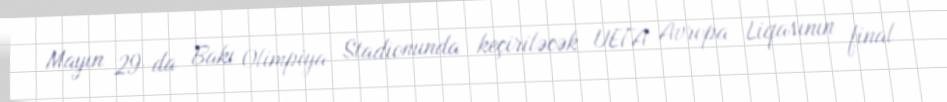
Mayın 29-da Bakı Olimpiya Stadionunda keçiriləcək UEFA Avropa Liqasının final